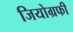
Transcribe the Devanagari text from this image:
जियोग्रफी